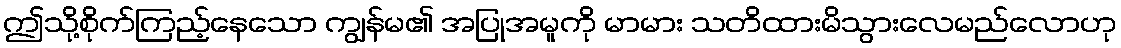
ဤသို့စိုက်ကြည့်နေသော ကျွန်မ၏ အပြုအမူကို မာမား သတိထားမိသွားလေမည်လောဟု